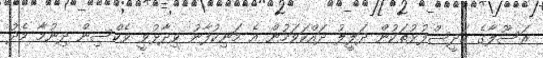
ރަސޫލާގެ ހަދީސްފުޅުތަކުން ދަލީލު ދައްކަވަމުން އެ މަނިކުފާނު ވިދާޅުވީ ވެކްސިން ދިނުމާ މެދު